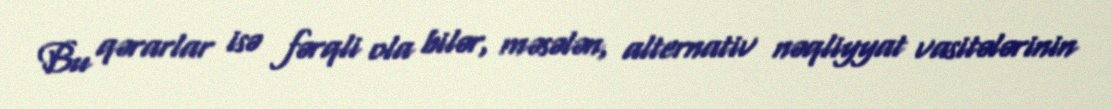
Bu qərarlar isə fərqli ola bilər, məsələn, alternativ nəqliyyat vasitələrinin